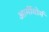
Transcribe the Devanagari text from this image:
आर्मीवोर्म